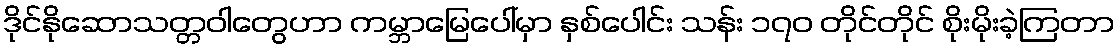
ဒိုင်နိုဆောသတ္တဝါတွေဟာ ကမ္ဘာမြေပေါ်မှာ နှစ်ပေါင်း သန်း ၁၇၀ တိုင်တိုင် စိုးမိုးခဲ့ကြတာ